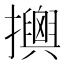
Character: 𢸯